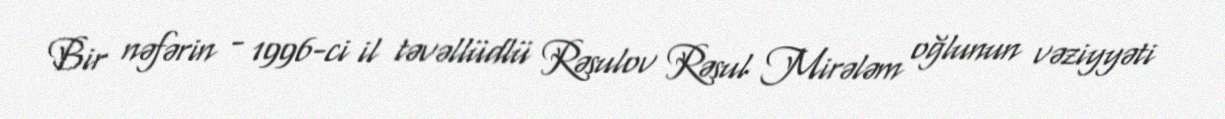
Bir nəfərin - 1996-ci il təvəllüdlü Rəsulov Rəsul Mirələm oğlunun vəziyyəti